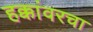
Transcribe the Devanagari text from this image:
हक्कांवरचा